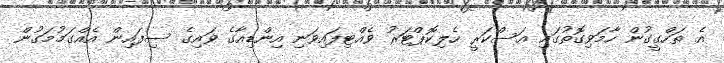
އެ ތަހްގީގުން ހާމަވިގޮތުގައި އަސްކަރީ ހެލިކޮޕްޓަރު ވެއްޓިފައިވަނި އިންޑިއާގެ ވައިގެ ސިފައިން އެއްގަމުމަގުން